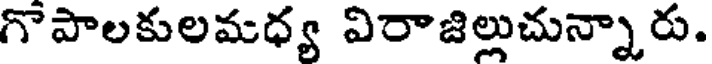
గొపాలకులమధ్య విరాజిల్లుచున్నారు.